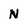
Character: N